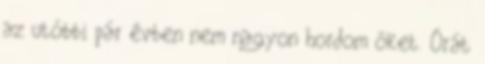
az utóbbi pár évben nem nagyon hordom őket. Órát